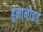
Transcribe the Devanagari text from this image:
हुमानोइड